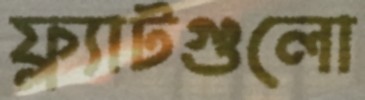
ফ্ল্যাটগুলো